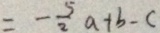
= - \frac { 5 } { 2 } a + b - c